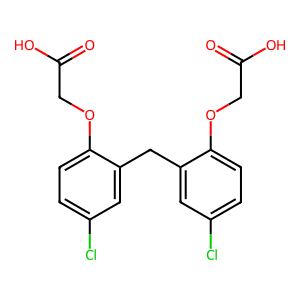
SMILES: O=C(O)COc1ccc(Cl)cc1Cc1cc(Cl)ccc1OCC(=O)O
Inhibits HIV replication: No